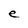
Character: e